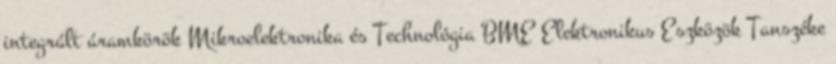
integrált áramkörök Mikroelektronika és Technológia BME Elektronikus Eszközök Tanszéke